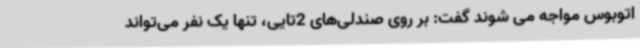
اتوبوس مواجه می شوند گفت: بر روی صندلی‌های 2تایی، تنها یک نفر می‌تواند